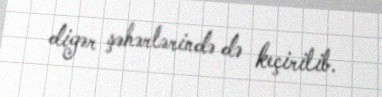
digər şəhərlərində də keçirilib.